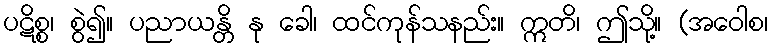
ပဋိစ္စ၊ စွဲ၍။ ပညာယန္တိ နု ခေါ၊ ထင်ကုန်သနည်း။ ဣတိ၊ ဤသို့။ (အဝေါစ၊